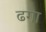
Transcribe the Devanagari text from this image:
ढगा